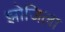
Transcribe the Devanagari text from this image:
झोजिला